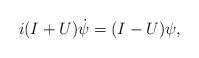
LaTeX: \begin{align*}i(I+U)\dot{\psi}=(I-U)\psi,\end{align*}